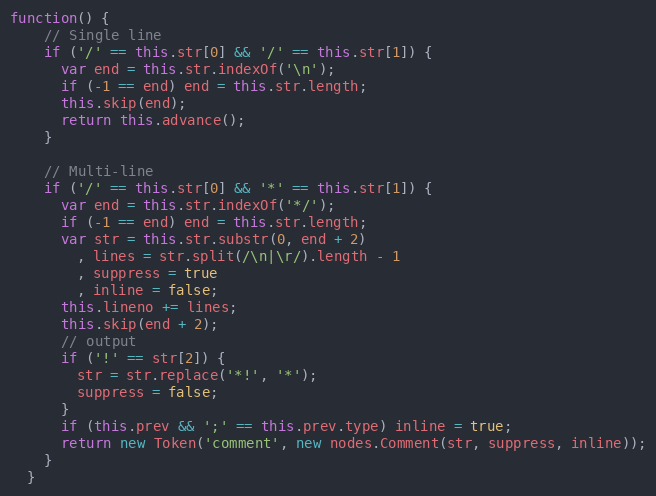
Language: JavaScript
function() {
    // Single line
    if ('/' == this.str[0] && '/' == this.str[1]) {
      var end = this.str.indexOf('\n');
      if (-1 == end) end = this.str.length;
      this.skip(end);
      return this.advance();
    }

    // Multi-line
    if ('/' == this.str[0] && '*' == this.str[1]) {
      var end = this.str.indexOf('*/');
      if (-1 == end) end = this.str.length;
      var str = this.str.substr(0, end + 2)
        , lines = str.split(/\n|\r/).length - 1
        , suppress = true
        , inline = false;
      this.lineno += lines;
      this.skip(end + 2);
      // output
      if ('!' == str[2]) {
        str = str.replace('*!', '*');
        suppress = false;
      }
      if (this.prev && ';' == this.prev.type) inline = true;
      return new Token('comment', new nodes.Comment(str, suppress, inline));
    }
  }